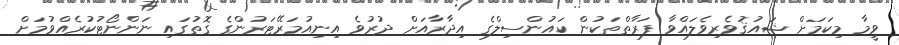
ވީމާ މިކަމަށް ޝައުޤުވެރިވެލައްވާ ފަރާތްތަކުން ކައުންސިލްގެ އިދާރާއަށް ދުރުވެ އިނިއުމަރޭޓަރުންގެ ގޮތުގައި ނަންނޯޓުކުރެއްވުމަށް